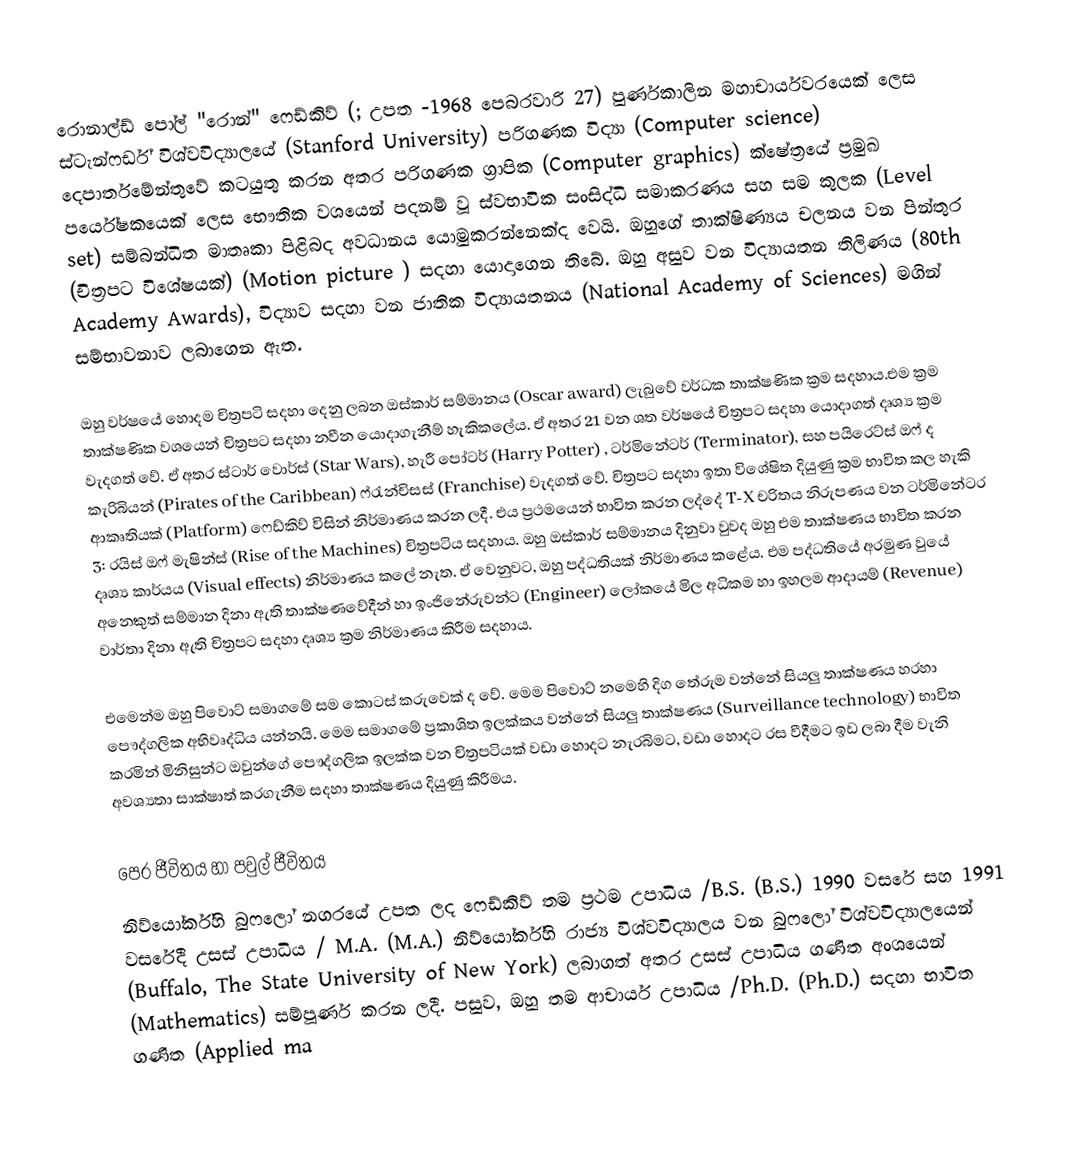
රොනාල්ඩ් පෝල්  "රොන්" ෆෙඩ්කිව් (; උපත -1968 පෙබරවාරි 27) පුර්ණකාලින මහාචාර්යවරයෙක් ලෙස ස්ටැන්ෆර්ඩ් විශ්වවිද්‍යාලයේ (Stanford University) පරිගණක විද්‍යා (Computer science) දෙපාර්තමේන්තුවේ කටයුතු කරන අතර පරිගණක ග්‍රාපික (Computer graphics) ක්ෂේත්‍රයේ ප්‍රමුඛ පර්යේෂකයෙක් ලෙස භෞතික වශයෙන් පදනම් වූ ස්වභාවික සංසිද්ධි සමාකරණය සහ සම කුලක (Level set) සම්බන්ධිත මාතෘකා පිළිබද අවධානය යොමුකරන්නෙක්ද වෙයි.  ඔහුගේ තාක්ෂිණ්‍යය චලනය වන පින්තුර (චිත්‍රපට විශේෂයක්) (Motion picture ) සදහා යොදාගෙන තිබේ. ඔහු  අසුව වන විද්‍යායතන තිලිණය (80th Academy Awards),  විද්‍යාව සදහා වන ජාතික විද්‍යායතනය (National Academy of Sciences) මගින් සම්භාවනාව ලබාගෙන ඇත.

ඔහු වර්ෂයේ හොදම චිත්‍රපටි සදහා දෙනු ලබන ඔස්කාර් සම්මානය (Oscar award) ලැබුවේ වර්ධක තාක්ෂණික ක්‍රම සදහාය.එම ක්‍රම  තාක්ෂණික වශයෙන් චිත්‍රපට සදහා නවීන යොදාගැනීම් හැකිකලේය. ඒ අතර 21 වන ශත වර්ෂයේ චිත්‍රපට සදහා යොදාගත් දෘශ්‍ය ක්‍රම වැදගත් වේ. ඒ අතර ස්ටාර් වොර්ස් (Star Wars), හැරී පෝටර් (Harry Potter) , ටර්මිනේටර් (Terminator), සහ පයිරෙට්ස් ඔෆ් ද කැරිබියන් (Pirates of the Caribbean) ෆ්රැන්චිසස් (Franchise) වැදගත් වේ. චිත්‍රපට සදහා ඉතා විශේෂිත දියුණු ක්‍රම භාවිත කල හැකි ආකෘතියක් (Platform) ෆෙඩ්කිව් විසින් නිර්මාණය කරන ලදී. එය ප්‍රථමයෙන් භාවිත කරන ලද්දේ T-X චරිතය නිරුපණය වන ටර්මිනේටර 3: රයිස් ඔෆ් මැෂින්ස් (Rise of the Machines)  චිත්‍රපටිය සදහාය. ඔහු ඔස්කාර් සම්මානය දිනුවා වුවද ඔහු එම තාක්ෂණය භාවිත කරන දෘශ්‍ය කාර්යය (Visual effects) නිර්මාණය කලේ නැත.  ඒ වෙනුවට, ඔහු  පද්ධතියක් නිර්මාණය කළේය. එම පද්ධතියේ අරමුණ වුයේ අනෙකුත් සම්මාන දිනා ඇති තාක්ෂණවේදීන් හා ඉංජිනේරුවන්ට (Engineer) ලෝකයේ මිල අධිකම හා ඉහලම ආදායම්  (Revenue) වාර්තා දිනා ඇති චිත්‍රපට සදහා දෘශ්‍ය ක්‍රම නිර්මාණය කිරීම සදහාය.

එමෙන්ම ඔහු පිවොට් සමාගමේ සම කොටස් කරුවෙක් ද වේ. මෙම පිවොට් නමෙහි දිග තේරුම වන්නේ සියලු තාක්ෂණය හරහා පෞද්ගලික අභිවෘද්ධිය යන්නයි. මෙම සමාගමේ ප්‍රකාශිත ඉලක්කය වන්නේ සියලු තාක්ෂණය   (Surveillance technology)    භාවිත කරමින් මිනිසුන්ට ඔවුන්ගේ පෞද්ගලික ඉලක්ක වන  චිත්‍රපටියක් වඩා හොදට නැරබිමට, වඩා හොදට  රස වීදීමට ඉඩ ලබා දීම වැනි අවශ්‍යතා සාක්ෂාත් කරගැනීම සදහා තාක්ෂණය දියුණු කිරීමය.

පෙර ජීවිතය හා පවුල් ජීවිතය
නිව්යෝර්ක්හි බුෆලෝ නගරයේ උපත ලද ෆෙඩ්කිව් තම  ප්‍රථම උපාධිය /B.S. (B.S.) 1990 වසරේ සහ 1991 වසරේදී උසස් උපාධිය / M.A. (M.A.) නිව්යෝර්ක්හි රාජ්‍ය විශ්වවිද්‍යාලය වන බුෆලෝ විශ්වවිද්‍යාලයෙන් (Buffalo, The State University of New York) ලබාගත් අතර උසස් උපාධිය ගණිත අංශයෙන් (Mathematics) සම්පූර්ණ කරන ලදී.  පසුව,  ඔහු තම ආචාර්ය උපාධිය /Ph.D. (Ph.D.) සදහා භාවිත ගණිත (Applied ma